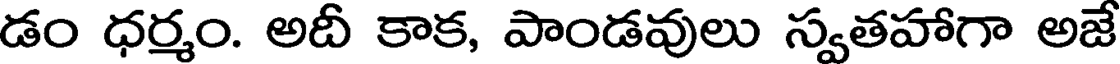
డం ధర్మం. అదీ కాక, పాండవులు స్వతహాగా అజే